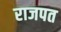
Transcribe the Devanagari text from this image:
राजपत